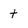
Character: t